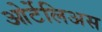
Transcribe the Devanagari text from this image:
ओर्टेलिअस